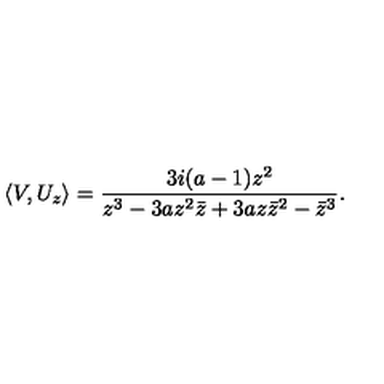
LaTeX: \langle V , U _ { z } \rangle = \frac { 3 i ( a - 1 ) z ^ { 2 } } { z ^ { 3 } - 3 a z ^ { 2 } { \bar { z } } + 3 a z { \bar { z } } ^ { 2 } - { \bar { z } } ^ { 3 } } .